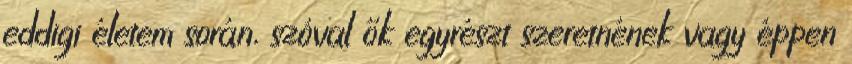
eddigi életem során, szóval ők egyrészt szeretnének vagy éppen